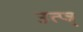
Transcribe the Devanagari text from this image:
उत्प्‍न्न्